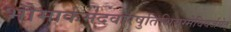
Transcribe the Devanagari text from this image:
भौमार्कमंदवारेषुतिथियुग्मेविवर्जयेत्